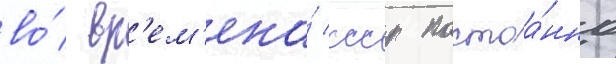
во́ вр'ем'ена́ ссср постоа́нно